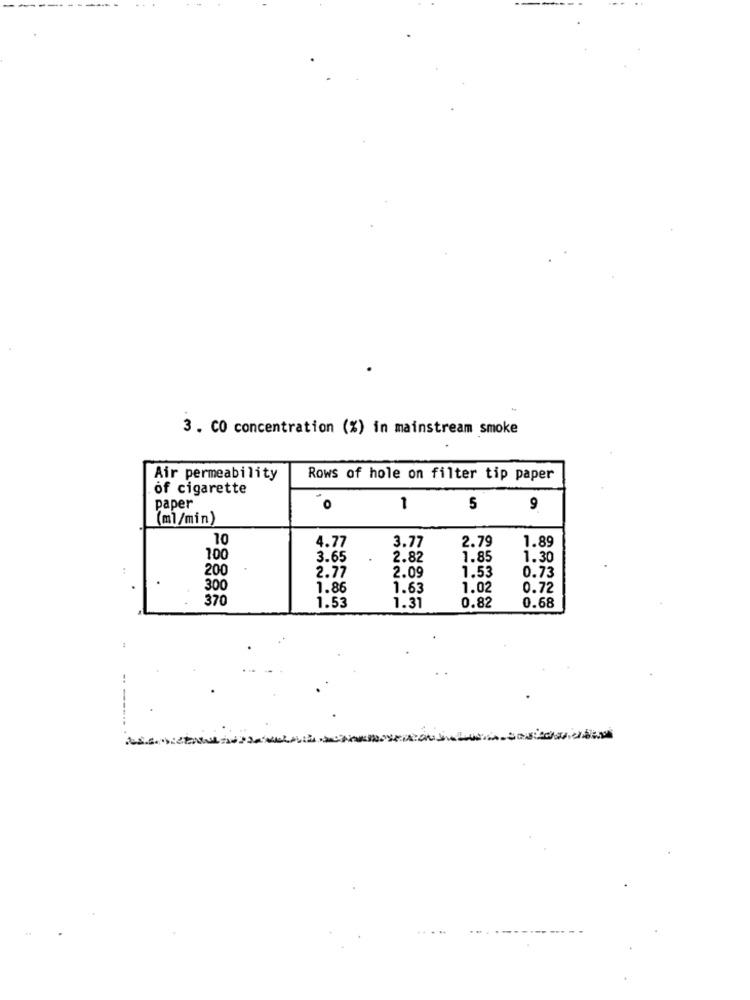
3. CO concentration (%) in mainstream smoke
Air permeability
Rows of hole on filter tip paper
of cigarette
paper
O
1
5
9
(ml/min)
10
3.77
2.79
1.89
4.77
100
3.65
2.82
1.85
1.30
:
200
1.53
2.77
2.09
0.73
300
1.86
1.63
1.02
0.72
370
1.53
1.31
0.82
0.68
..
. ..